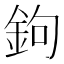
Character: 鉤